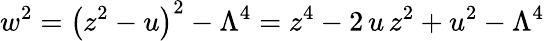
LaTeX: w^{2}=\left(z^{2}-u\right)^{2}-\Lambda^{4}=z^{4}-2\, u\, z^{2}+u^{2}-\Lambda^{4}